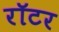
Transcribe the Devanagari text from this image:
रॉटर